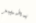
بخير